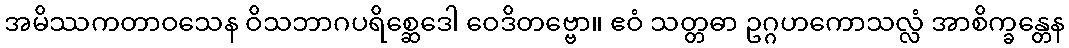
အမိဿကတာဝသေန ဝိသဘာဂပရိစ္ဆေဒေါ ဝေဒိတဗ္ဗော။ ဧဝံ သတ္တဓာ ဥဂ္ဂဟကောသလ္လံ အာစိက္ခန္တေန